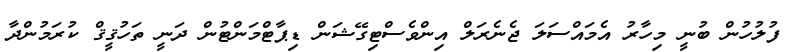
ފުލުހުން ބުނީ މިހާރު އެމައްސަލަ ޖެނެރަލް އިންވެސްޓިގޭޝަން ޑިޕާޓްމަންޓުން ދަނީ ތަހުޤީޤް ކުރަމުންދާ